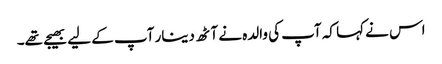
اس نے کہا کہ آپ کی والدہ نے آٹھ دینار آپ کے لیے بھیجے تھے۔